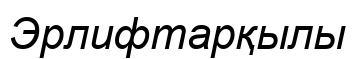
Эрлифтарқылы